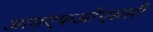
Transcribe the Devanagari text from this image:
आयएफओएससी